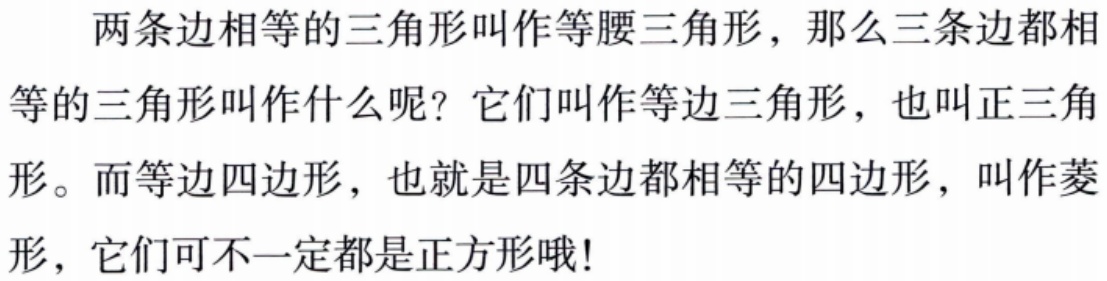
两条边相等的三角形叫作等腰三角形，那么三条边都相等的三角形叫作什么呢？它们叫作等边三角形，也叫正三角形。而等边四边形，也就是四条边都相等的四边形，叫作菱形。而等边四边形，也就是四条边都相等的四边形，叫作菱形，它们可不一定都是正方形哦！